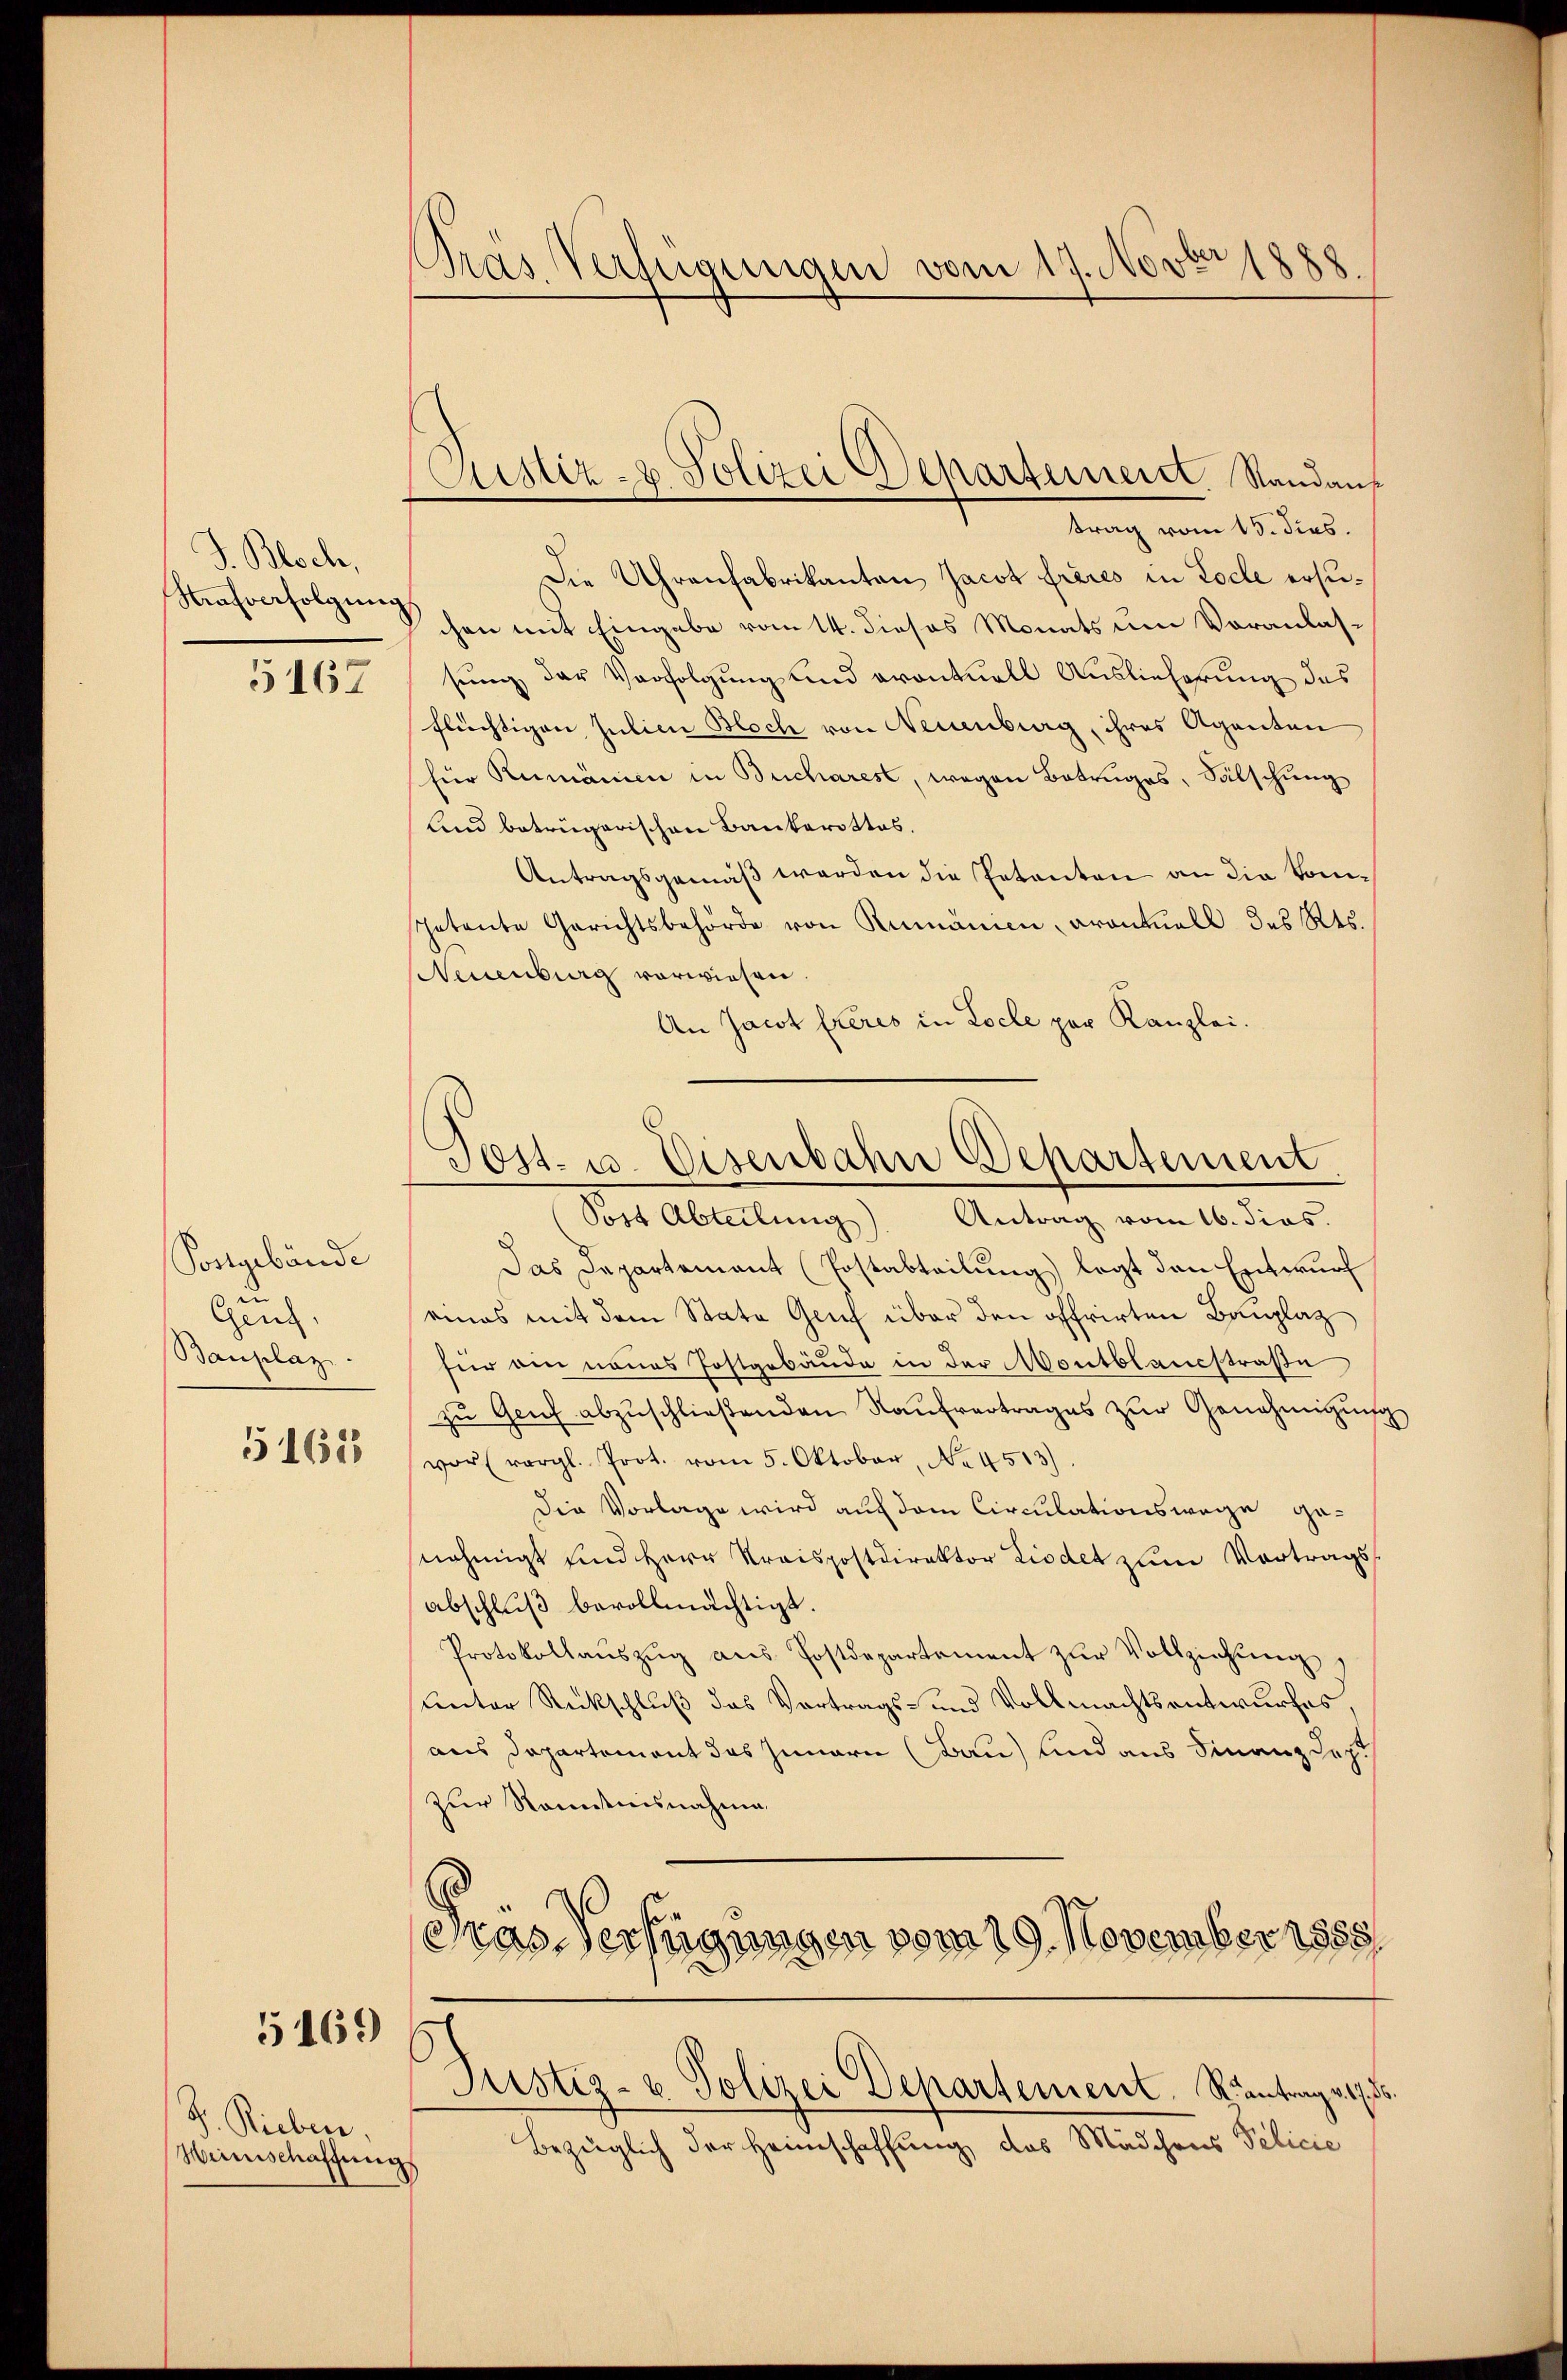
J. Bloch,
Nafverfolgung

5167

Postgebäude
in
Genz
Bauplaz.

51618

5169 ff

J. Rieben.
Heinschaffung

Pras Verfügungen vom 17. Novbr 1888

Justiz- & Polizei Separteiner Standaus

Post- u. Eisenbahn Departement

trag vom 15. dies.
Die Uhrenfabrikanton Jacot freies in Locle ersuchen mit Eingabe vom 14. dieses Monats um Voranlassung der Verfolgung und eventuell Auslieferung des
flüchtigen Julien Bloch von Neuenburg, ihres Agenten
für Rumänien in Bucharest, wegen Betruges, Sälschung
Und betrügerischen Bankerottos,
Antragsgemäß werden die Petenten an die kompetente Gerichtsbehörde von Rumänien, avantuell des Kts.
Neuenburg vorwiesen.
An Jacot Eueres in Locle par Kanzlei.
Post Abteilung). Antrag vom 16. dies.
Das Departement (Postabteilung) legt dann Entwurf
eines mit dem State Genf über den offrirten Bauplaz
für ein neues Postgebäude in der Montblandstraße
zu Genf abzuschließenden Kaufvertrages zur Genehmigung
vor (vergl. Prot. vom 5. Oktober, No. 4513)
die Vorlage wird auf dem Circulationswege genehmigt und Herr Preispostdirektor Liedet zum Vortrags
abschluß bevollmächtigt.
Protokollauszug aus Postdepartement zur Vollziehung
sunter Rückschluß das Vortrags- und Vollmachtsentwurfes.
aus Departement das Innern (Bau) und aus Finanzdacht
zur Kenntnisnahme
ras Verfügungen vom 19. November 1855.
Justiz- & Polizei Departement. Rantrag v. 17. 3
Bezüglich der Heimschaffung des Mädchens Pelicie